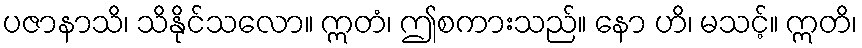
ပဇာနာသိ၊ သိနိုင်သလော။ ဣတံ၊ ဤစကားသည်။ နော ဟိ၊ မသင့်။ ဣတိ၊